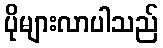
ပိုများလာပါသည်